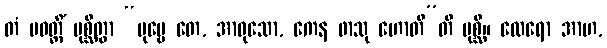
တံ ပဝတ္တိံ ပုစ္ဆိတွာ “ပုဗ္ဗေ တေ, အာဝုသော, ကေန ဖာသု ဟောတီ”တိ ပုစ္ဆိ။ ထေရော အာဟ,